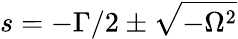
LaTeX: s=-\Gamma/2\pm\sqrt{-\Omega^{2}}